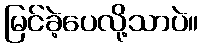
မြင်ခဲ့ပေလို့သာပဲ။